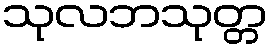
သုလဘသုတ္တ